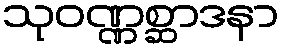
သုဝဏ္ဏစ္ဆာဒနာ